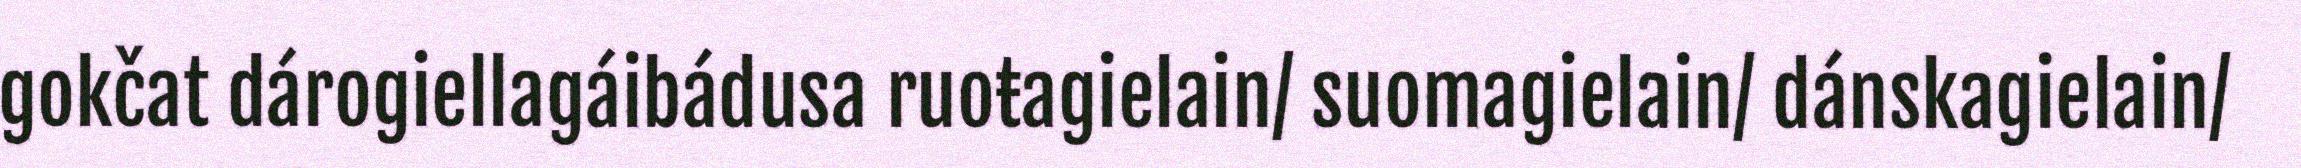
gokčat dárogiellagáibádusa ruoŧagielain/ suomagielain/ dánskagielain/